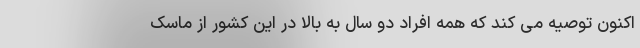
اکنون توصیه می کند که همه افراد دو سال به بالا در این کشور از ماسک